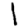
Digit: 1